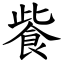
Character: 飺